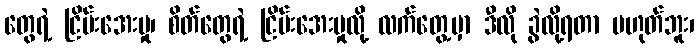
တွေရဲ့ ငြိမ်းအေးမှု၊ စိတ်တွေရဲ့ ငြိမ်းအေးမှုလို့ လက်တွေ့မှာ ဒီလို ခွဲလို့ရတာ မဟုတ်ဘူး၊